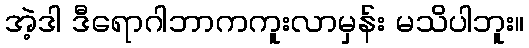
အဲ့ဒါ ဒီရောဂါဘာကကူးလာမှန်း မသိပါဘူး။